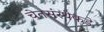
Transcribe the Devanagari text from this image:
चेतसंस्थेकडे